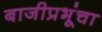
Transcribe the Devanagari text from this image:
बाजीप्रभूंचा